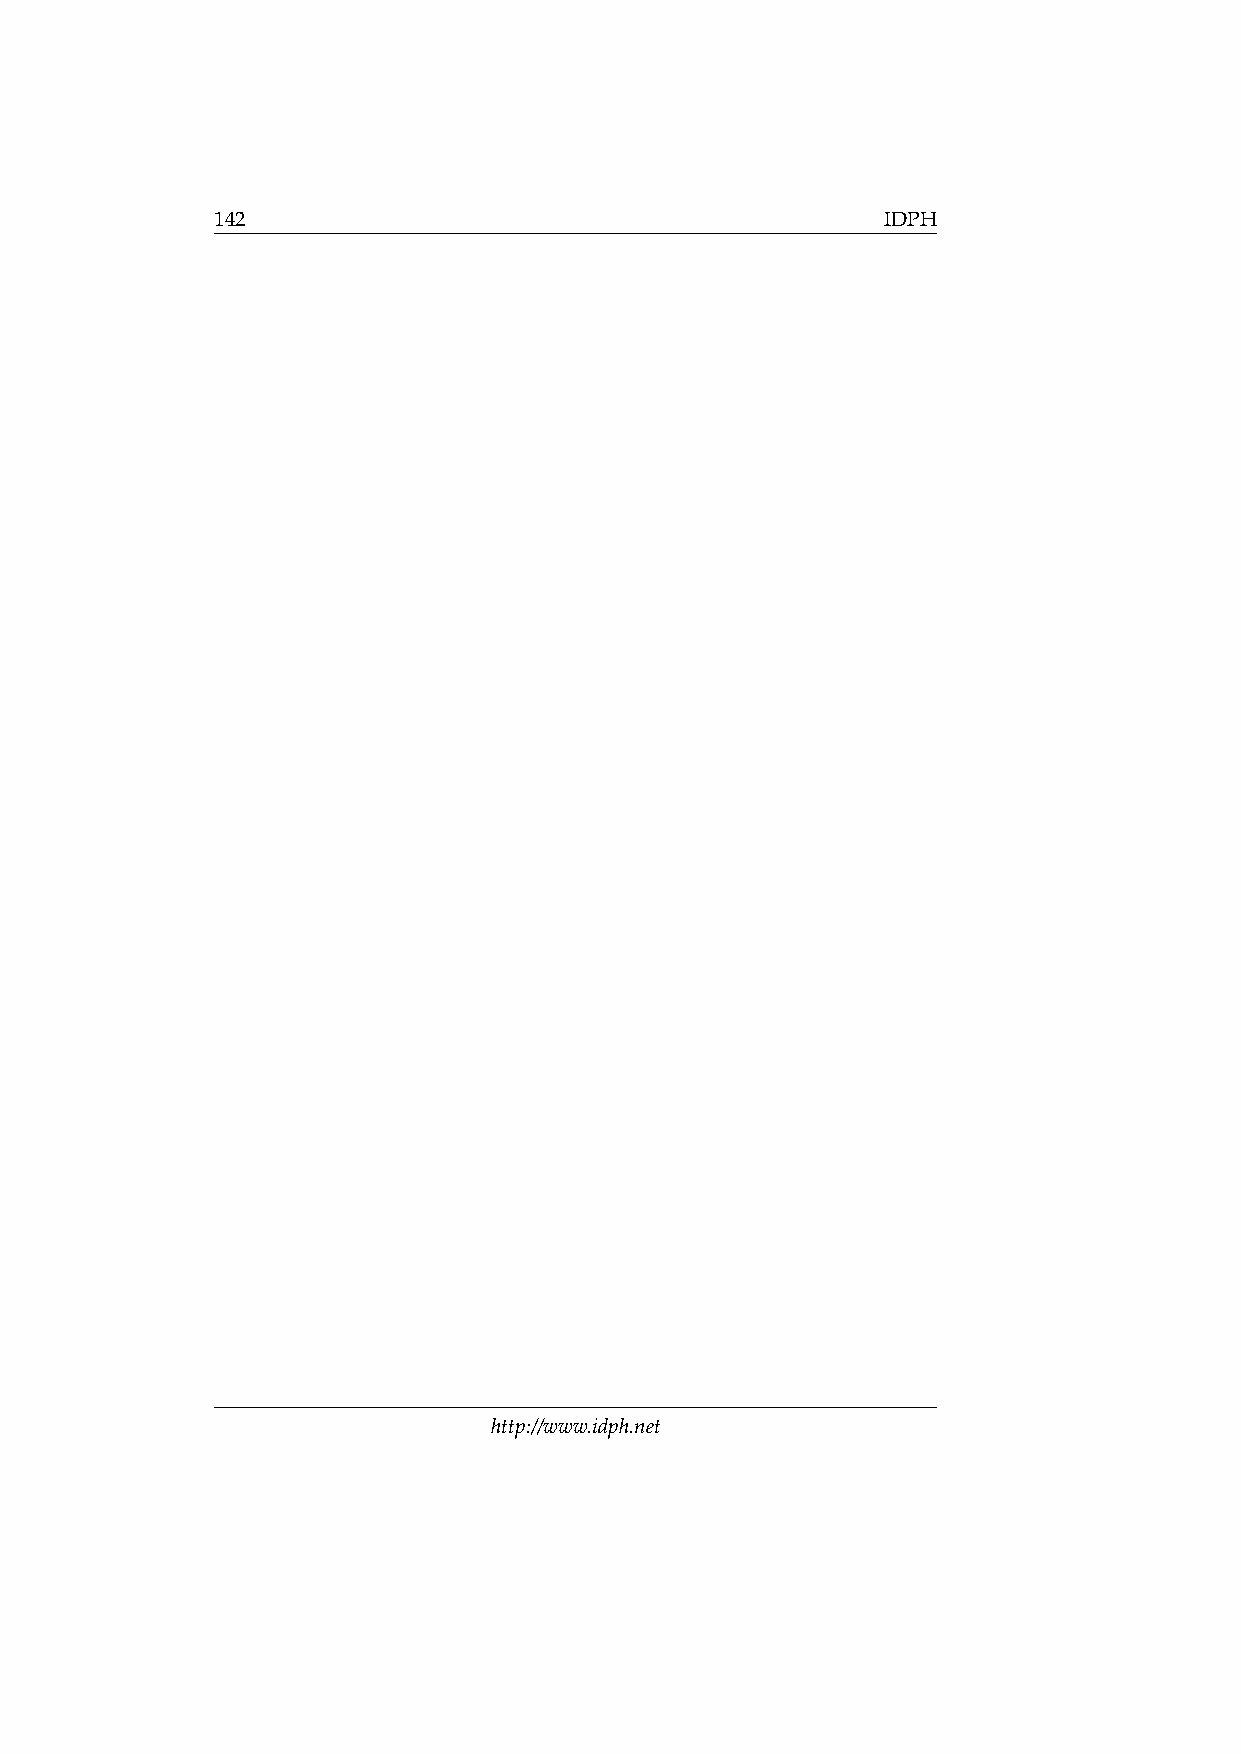
142                                          IDPH
 http://www.idph.net